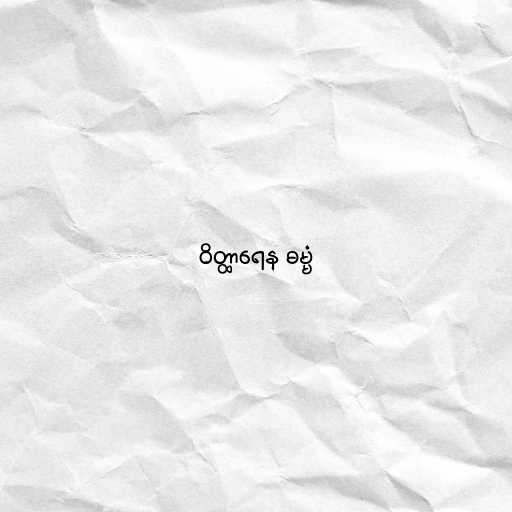
ဝိတ္ထာရေန ဓမ္မံ